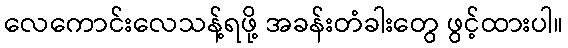
လေကောင်းလေသန့်ရဖို့ အခန်းတံခါးတွေ ဖွင့်ထားပါ။